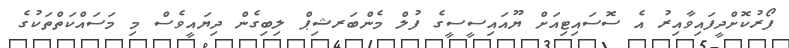
ފޯރުކޮށްދީފައިވާއިރު އެ ސޮސައިޓިއަށް ޔޫއައިސީސީގެ ފުލް މެންބަރޝިޕް ލިބިގެން ދިޔައީވެސް މި މަސައްކަތްތަކުގެ